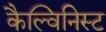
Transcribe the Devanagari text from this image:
कैल्विनिस्ट